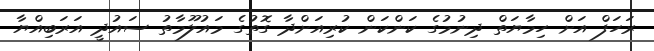
ރަހަފް އަށް ހިމާޔަތް ދިނުމުގެ ކަންކަން ކުރިއަށްދާ ގޮތުގެ މައުލޫމާތު ސައުދީ އަރަބިއްޔާ